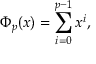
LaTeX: \Phi _ { p } ( x ) = \sum _ { i = 0 } ^ { p - 1 } x ^ { i } ,